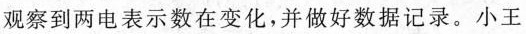
观察到两电表示数在变化，并做好数据记录。小王